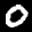
Label: 0